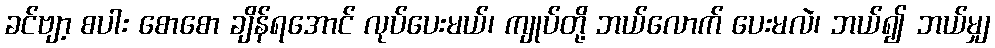
ခင်ဗျာ့ စပါး စောစော ချိန်ရအောင် လုပ်ပေးမယ်၊ ကျုပ်တို့ ဘယ်လောက် ပေးမလဲ၊ ဘယ်၍ ဘယ်မျှ